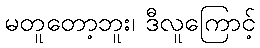
မတူတော့ဘူး၊ ဒီလူကြောင့်